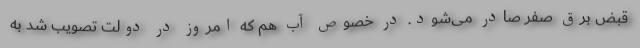
قبض برق صفر صادر می‌شود. در خصوص آب هم که امروز در دولت تصویب شد به